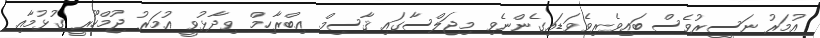
އުމަރު ނަސީރުވެސް ބައިވެރިވެވަޑައިގެންނެވި މިޖަލްސާގައި ޤާސިމް އިބްރާހިމް ވިދާޅުވީ އުމަރު ޖުމްހޫރީ ގުޅުމާއި